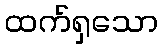
ထက်ရှသော